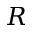
R